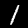
Digit: 1